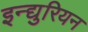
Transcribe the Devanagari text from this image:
इन्द्युरियन